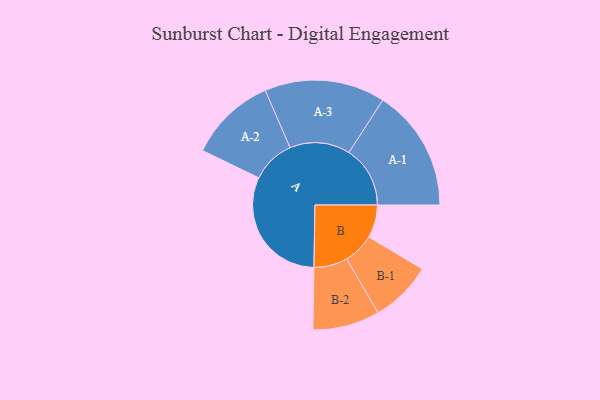
{"axis": {"x": "Segment", "y": "Value"}, "legend": ["", "A", "B"], "data": [{"x": "A", "y": 418, "type": ""}, {"x": "B", "y": 112, "type": ""}, {"x": "A-1", "y": 208, "type": "A"}, {"x": "A-2", "y": 148, "type": "A"}, {"x": "A-3", "y": 205, "type": "A"}, {"x": "B-1", "y": 105, "type": "B"}, {"x": "B-2", "y": 114, "type": "B"}]}